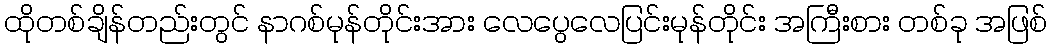
ထိုတစ်ချိန်တည်းတွင် နာဂစ်မုန်တိုင်းအား လေပွေလေပြင်းမုန်တိုင်း အကြီးစား တစ်ခု အဖြစ်